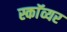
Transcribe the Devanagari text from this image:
स्काॅव्यर